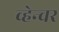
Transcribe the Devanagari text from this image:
व्हेन्चर